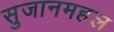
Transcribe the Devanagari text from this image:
सुजानमहल